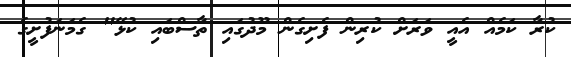
ކުރާ ކަމެއް އެއީ ވަރަށް ކުރިން ފެށިގެން މޫދުގައި ތާސްބައި ކުޅޭ" ގެމަނަފުށީގެ